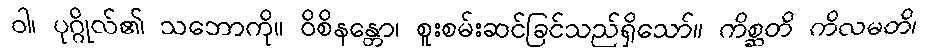
ဝါ၊ ပုဂ္ဂိုလ်၏ သဘောကို။ ဝိစိနန္တော၊ စူးစမ်းဆင်ခြင်သည်ရှိသော်။ ကိစ္ဆတိ ကိလမတိ၊